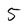
Character: 5